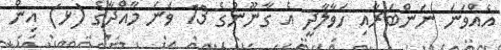
އެއްވަނަ ނަންބަރާއި ހަވާލާދީ އެ ގާނޫނުގެ 13 ވަނަ މާއްދާގެ (ޅ) އިން